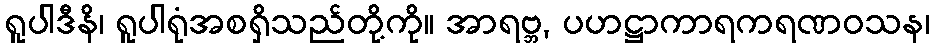
ရူပါဒီနိ၊ ရူပါရုံအစရှိသည်တို့ကို။ အာရဗ္ဘ, ပဟဋ္ဌာကာရကရဏဝသန၊